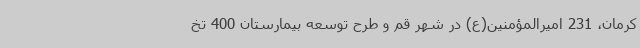
کرمان، 231 امیرالمؤمنین(ع) در شهر قم و طرح توسعه بیمارستان 400 تخ